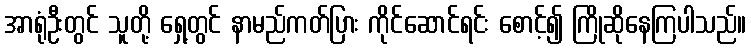
အာရုံဦးတွင် သူတို့ ရှေ့တွင် နာမည်ကတ်ပြား ကိုင်ဆောင်ရင်း စောင့်၍ ကြိုဆိုနေကြပါသည်။